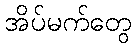
အိပ်မက်တွေ